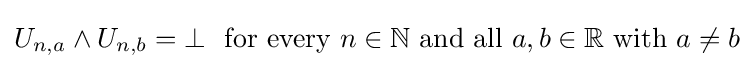
U_{n,a}\land U_{n,b}=\bot \ {\text{  for every }}n\in \mathbb {N} {\text{ and all }}a,b\in \mathbb {R} {\text{ with }}a\neq b